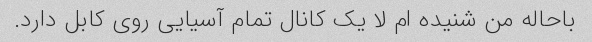
باحاله من شنیده ام لا یک کانال تمام آسیایی روی کابل دارد.